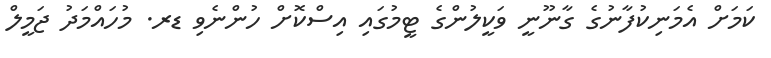
ކަމަށް އެމަނިކުފާނުގެ ގާނޫނީ ވަކީލުންގެ ޓީމުގައި އިސްކޮށް ހުންނެވި ޑރ. މުހައްމަދު ޖަމީލް